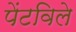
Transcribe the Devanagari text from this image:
पेंटविले